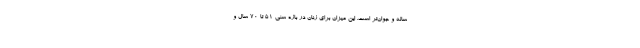
ساله و جوان‌تر است. این میزان برای زنان در بازه سنی 51 تا 70 سال و